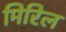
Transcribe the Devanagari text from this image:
मिरिल